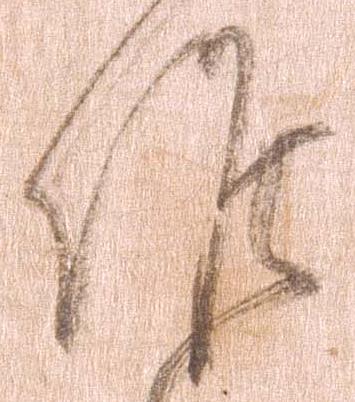
候